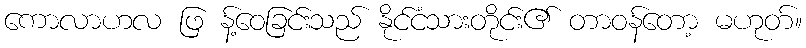
ကောလာဟလ ဖြ န့်ဝေခြင်းသည် နိုင်ငံသားတိုင်း၏ တာဝန်တော့ မဟုတ်။